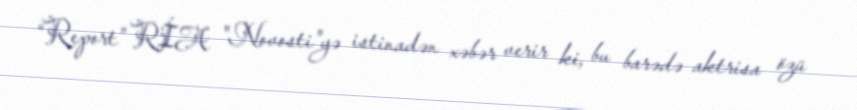
“Report” RİA "Novosti"yə istinadən xəbər verir ki, bu barədə aktrisa özü